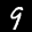
Label: 9